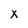
Character: x